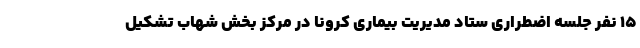
۱۵ نفر جلسه اضطراری ستاد مدیریت بیماری کرونا در مرکز بخش شهاب تشکیل